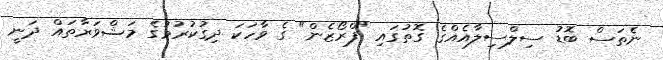
ނެތަސް ބޮޑު ސިލްސިލާއެއްގެ ގޮތުގައި "ފްރޯޒެން" ގެ ވާހަކަ ދިގުކުރުމުގެ މަޝްވަރާތައް ދަނީ